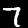
Label: 7